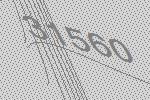
31560